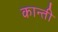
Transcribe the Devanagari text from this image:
कान्ती